Scottish Leaving Certificate Examination, 1956
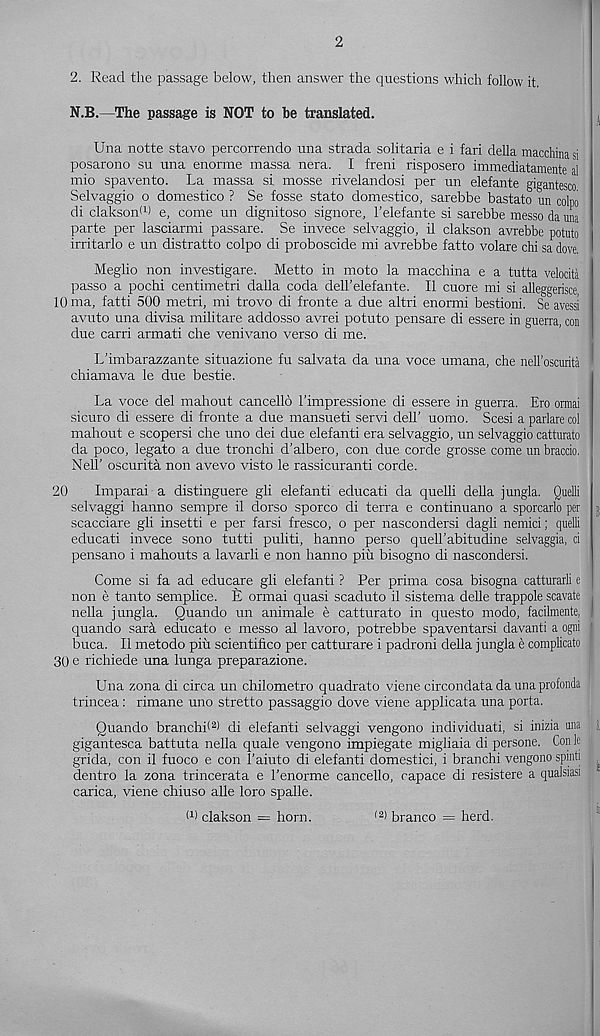
2
2. Read the passage below, then answer the questions which follow it.
N.B.—The passage is NOT to be translated.
Una notte stavo percorrendo una strada solitaria e i fari della macchina si
posarono su una enorme massa nera. I freni risposero immediatamente al
mio spavento. La massa si mosse rivelandosi per un elefante gigantesco
Selvaggio o domestico ? Se fosse state domestico, sarebbe bastato un colpo
di clakson* 1 ) e, come un dignitoso signore, 1’elefante si sarebbe messo da una
parte per lasciarmi passare. Se invece selvaggio, il clakson avrebbe potuto
irritarlo e un distratto colpo di proboscide mi avrebbe fatto volare chi sa dove.
Meglio non investigare. Metto in moto la macchina e a tutta velocita
passo a pochi centimetri dalla coda dell'elefante. II cuore mi si alleggerisce,
10 ma, fatti 500 metri, mi trovo di fronte a due altri enormi bestioni. Se avessi
avuto una divisa militare addosso avrei potuto pensare di essere in guerra, con
due carri armati che venivano verso di me.
L’imbarazzante situazione fu salvata da una voce umana, che neU’oscurita
chiamava le due bestie.
La voce del mahout cancello I'impressione di essere in guerra. Ero ormai
sicuro di essere di fronte a due mansueti servi dell’ uomo. Scesi a parlare col
mahout e scopersi che uno dei due elefanti era selvaggio, un selvaggio catturato
da poco, legato a due tronchi d’albero, con due corde grosse come un braccio.
Nell’ oscurita non avevo visto le rassicuranti corde.
20
Imparai a distinguere gli elefanti educati da quelli della jungla. Quelli
selvaggi hanno sempre il dorso sporco di terra e continuano a sporcarlo per
scacciare gli insetti e per farsi fresco, o per nascondersi dagli nemici; quelli
educati invece sono tutti puliti, hanno perso quell’abitudine selvaggia, cl
pensano i mahouts a lavarli e non hanno piu bisogno di nascondersi.
Come si fa ad educare gli elefanti ? Per prima cosa bisogna catturarli e
non e tanto semplice. E ormai quasi scaduto il sistema delle trappole scavate
nella jungla. Quando un animale e catturato in questo modo, facilmente,
quando sarh educate e messo al lavoro, potrebbe spaventarsi davanti a ogni
buca. Il metodo piu scientifico per catturare i padroni della jungla e complicate
30 e richiede una lunga preparazione.
Una zona di circa un chilometro quadrato viene circondata da una profonda
trincea: rimane uno stretto passaggio dove viene applicata una porta.
Quando branchb 2 ) di elefanti selvaggi vengono individuati, si inizia una
gigantesca battuta nella quale vengono impiegate migliaia di persone. Con le
grida, con il fuoco e con 1’aiuto di elefanti domestici, i branchi vengono spinti
dentro la zona trincerata e 1’enorme cancello, capace di resistere a qualsiasi
carica, viene chiuso alle loro spalle.
I 1 ) clakson = horn.
branco = herd.